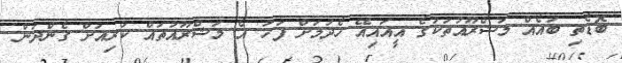
ބޮޑެތި ބައެއް މަޝްރޫއުތަކުގެ އީއައިއޭ ހެދުމަށް ފަހު އެ މަޝްރޫއުތައް ކުރިއަށް ގެންދަން